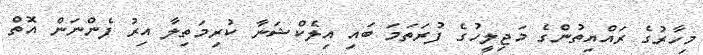
މިހާރުގެ ރައްޔިތުންގެ މަޖިލީހުގެ ފުރަތަމަ ބައި އިލެކްޝަނާ ކުރިމަތިލާ އިރު ފެންނަން އޮތް